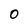
Character: 0